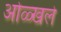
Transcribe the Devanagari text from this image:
ओळ्खले